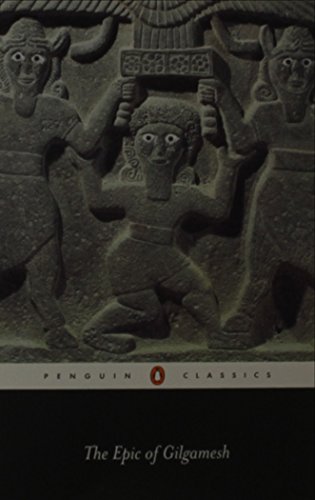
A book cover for Comparative Literature 108: Myths and Mythologies Package for Pennsylvania State University; Sidney Aboul-Hosn; Literature & Fiction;